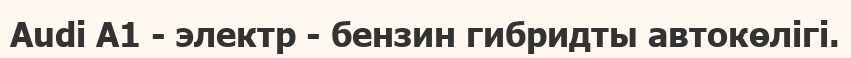
Audi A1 - электр - бензин гибридты автокөлiгi.